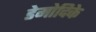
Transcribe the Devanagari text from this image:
डेमोदिके